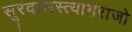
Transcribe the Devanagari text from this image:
सूरदासस्त्यागराजो